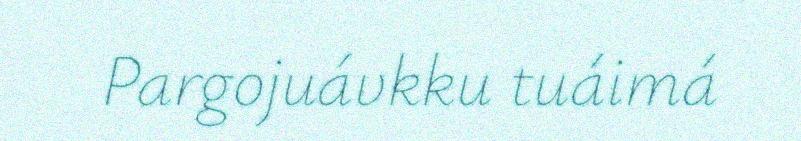
Pargojuávkku tuáimá